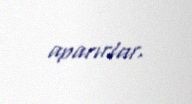
aparırlar.